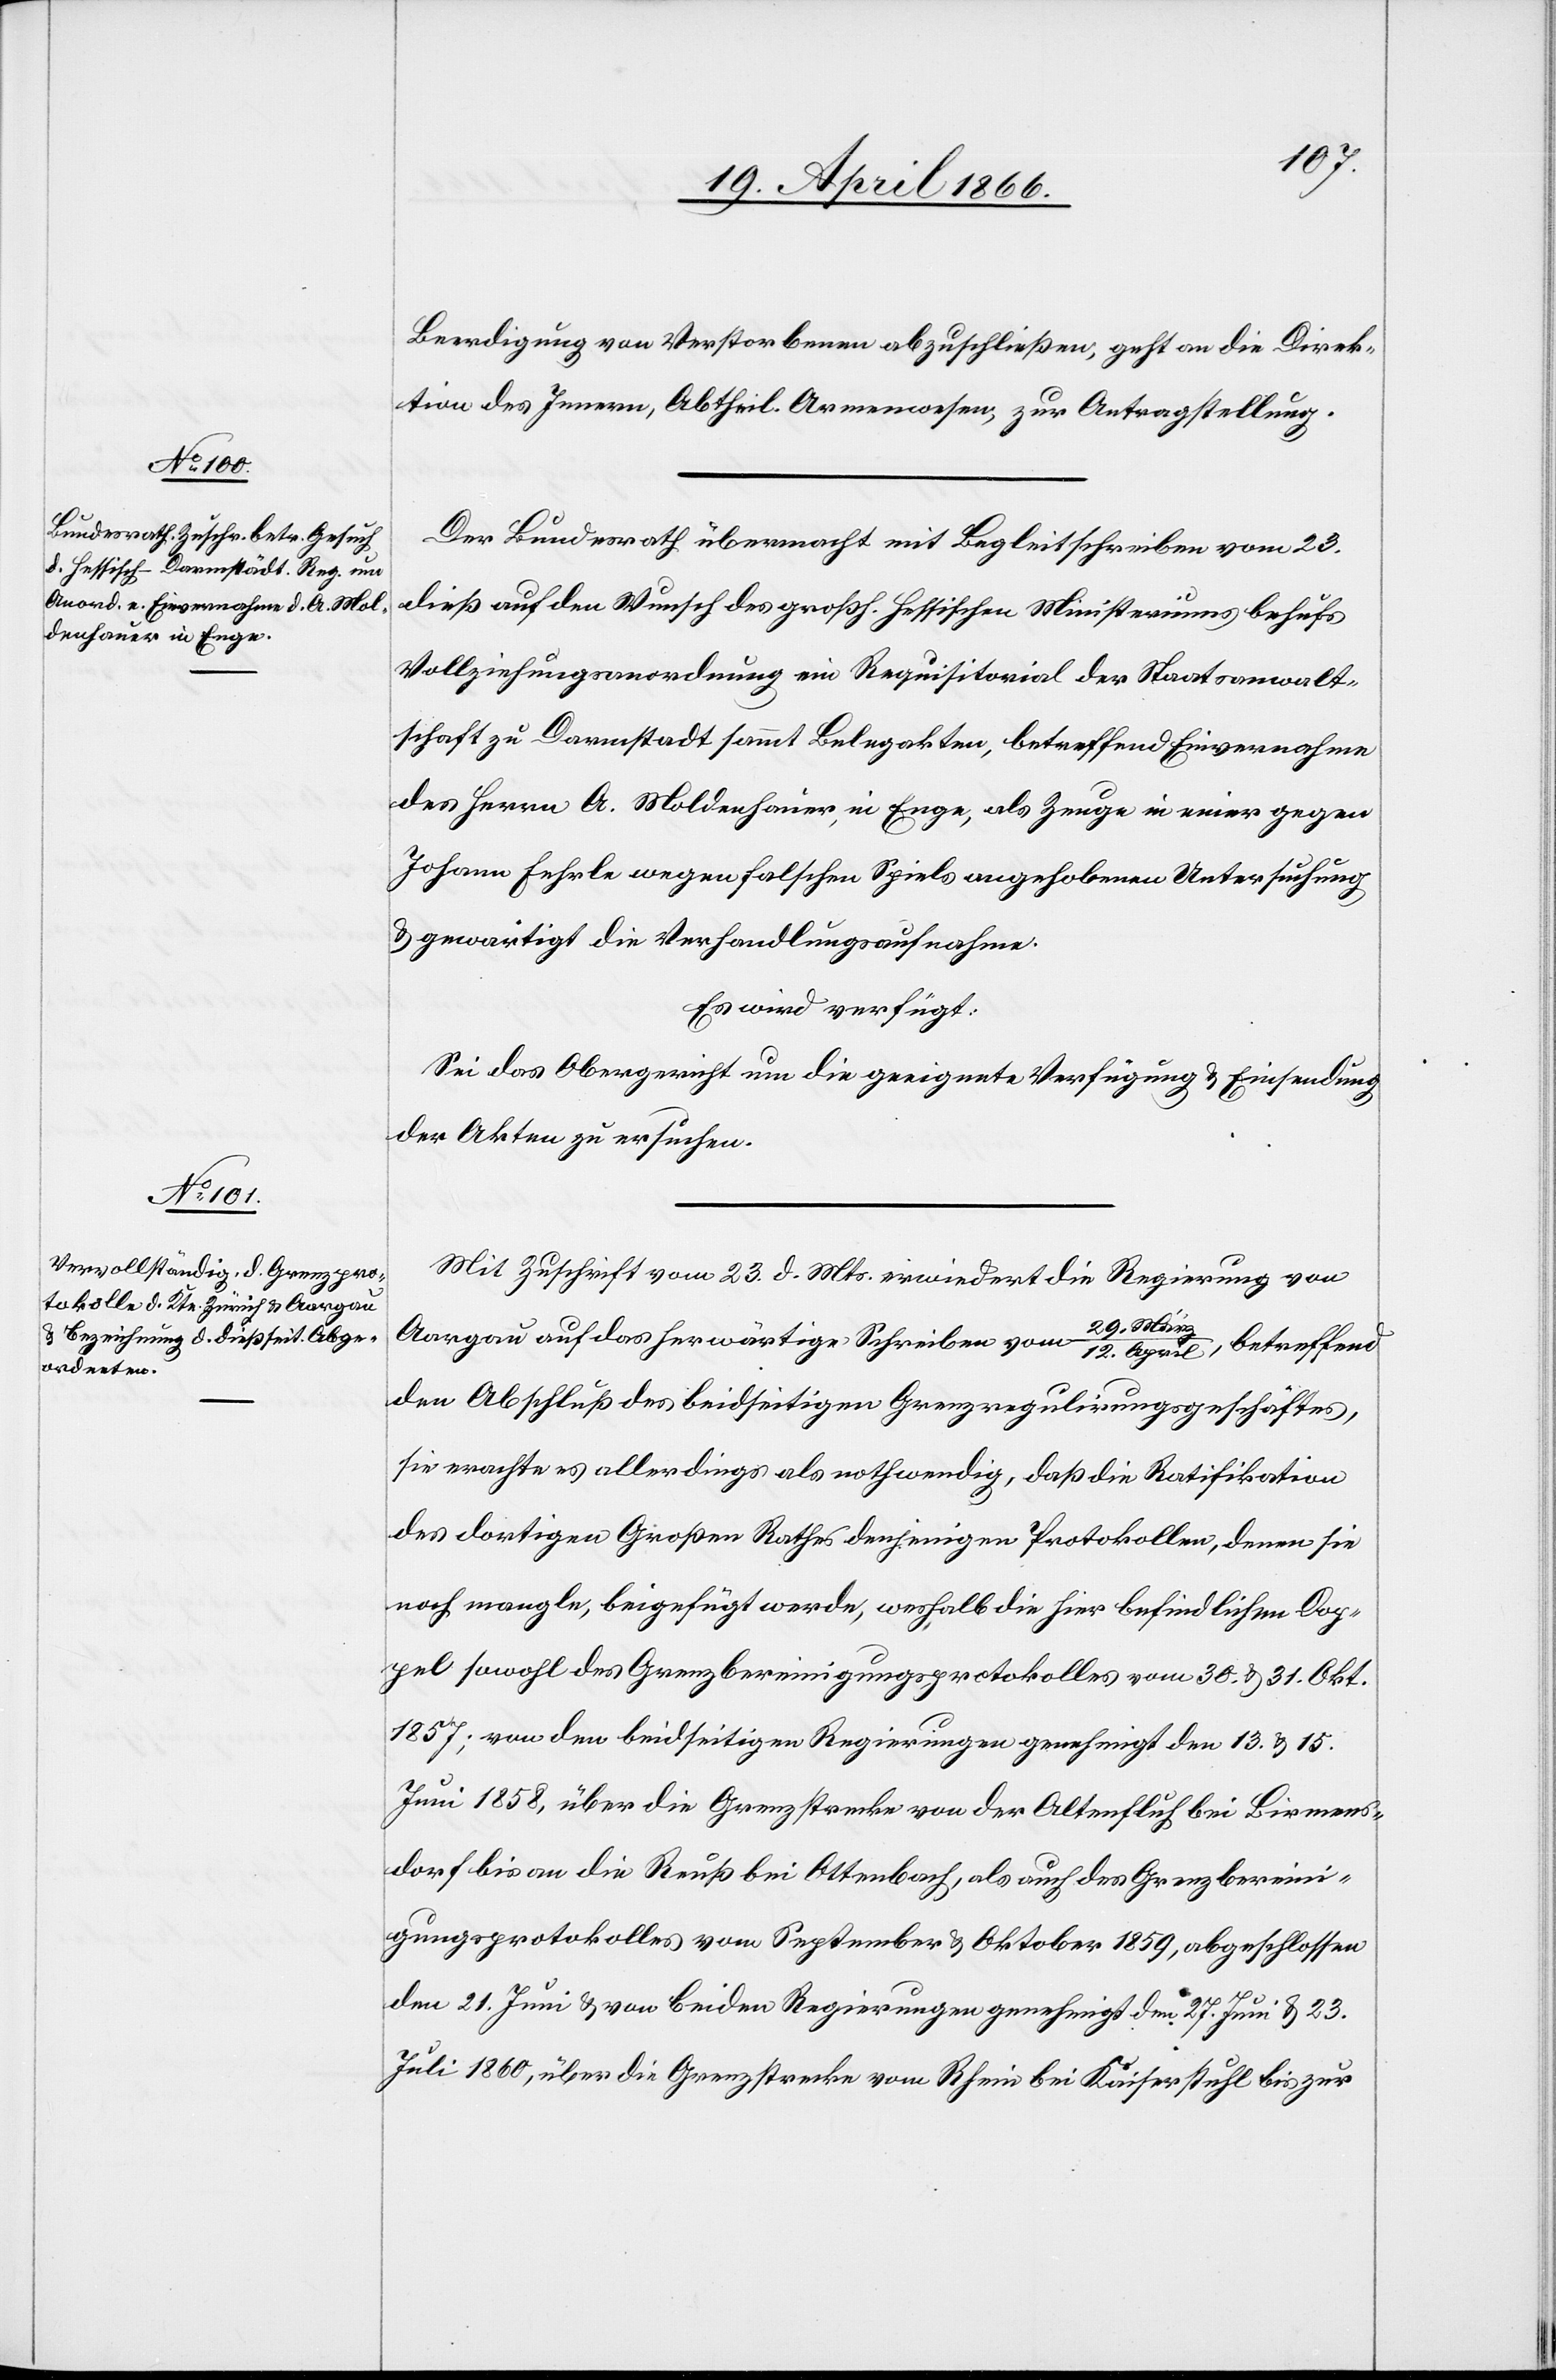
27. April 1866.]
Beerdigung von Verstorbenen abzuschließen, geht an die Direk¬
tion des Innern, Abtheil. Armenwesen, zur Antragstellung.
Der Bundesrath übermacht mit Begleitschreiben vom 23.
dieß auf den Wunsch des großh. hessischen Ministeriums behufs
Vollziehungsanordnung ein Requisitorial der Staatsanwalt¬
schaft zu Darmstadt sammt Belegakten, betreffend Einvernahme
des Herrn A. Moldenhauer, in Enge, als Zeuge in einer gegen
Johann Fehrle wegen falschen Spiels angehobenen Untersuchung
u. gewärtigt die Verhandlungsaufnahme.
Es wird verfügt:
Sei das Obergericht um die geeignete Verfügung u. Einsendung
der Akten zu ersuchen.
Mit Zuschrift vom 23. d. Mts. erwiedert die Regierung von
Aargau auf das herwärtige Schreiben vom
12. April, betreffend
den Abschluß des beidseitigen Grenzregulirungsgeschäftes,
sie erachte es allerdings als nothwendig, daß die Ratifikation
des dortigen Großen Rathes denjenigen Protokollen, denen sie
noch mangle, beigefügt werde, weshalb die hier befindlichen Dop¬
pel sowohl des Grenzbereinigungsprotokolles vom 20. u. 31. Okt.
1857; von den beidseitigen Regierungen genehmigt den 13. u. 15.
Juni 1858, über die Grenzstrecke von der Altenfluh bei Birmens¬
dorf bis an die Reuß bei Ottenbach, als auch des Grenzbereini¬
gungsprotokolles vom September u . Oktober 1859, abgeschlossen
den 21. Juni u. von beiden Regierungen genehmigt den 27. Juni u. 23.
Juli 1860, über die Grenzstrecke vom Rhein bei Kaiserstuhl bis zur